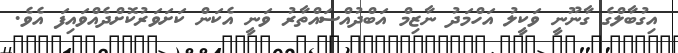
އިގުބާލްގެ ގާނޫނީ ވަކީލު އަހްމަދު ނާޒިމް އަބްދުއްސައްތާރު ވަނީ އެކަން ކަށަވަރުކޮށްދެއްވައިފަ އެވެ.